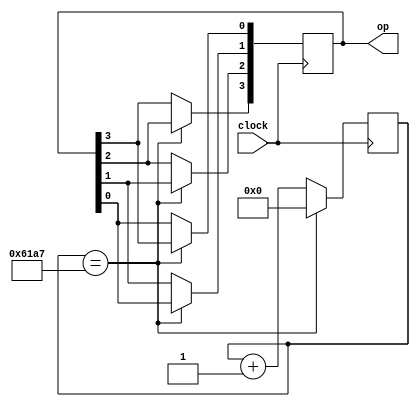
module rotate(clock, op);
    input clock;
    
    output [3:0] op;

    reg [3:0] op;
    reg [19:0] cycle_count1;

    initial begin
        op = 4'b1000;
        cycle_count1 = 0;
    end

    always @(posedge clock) begin
        cycle_count1 <= cycle_count1 + 1;
        if (cycle_count1 == 24999) begin
            op[3] <= op[2];
            op[2] <= op[1];
            op[1] <= op[0];
            op[0] <= op[3];
            cycle_count1 <= 0;
        end
    end
endmodule